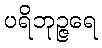
ပရိဘုဉ္ဇရေ